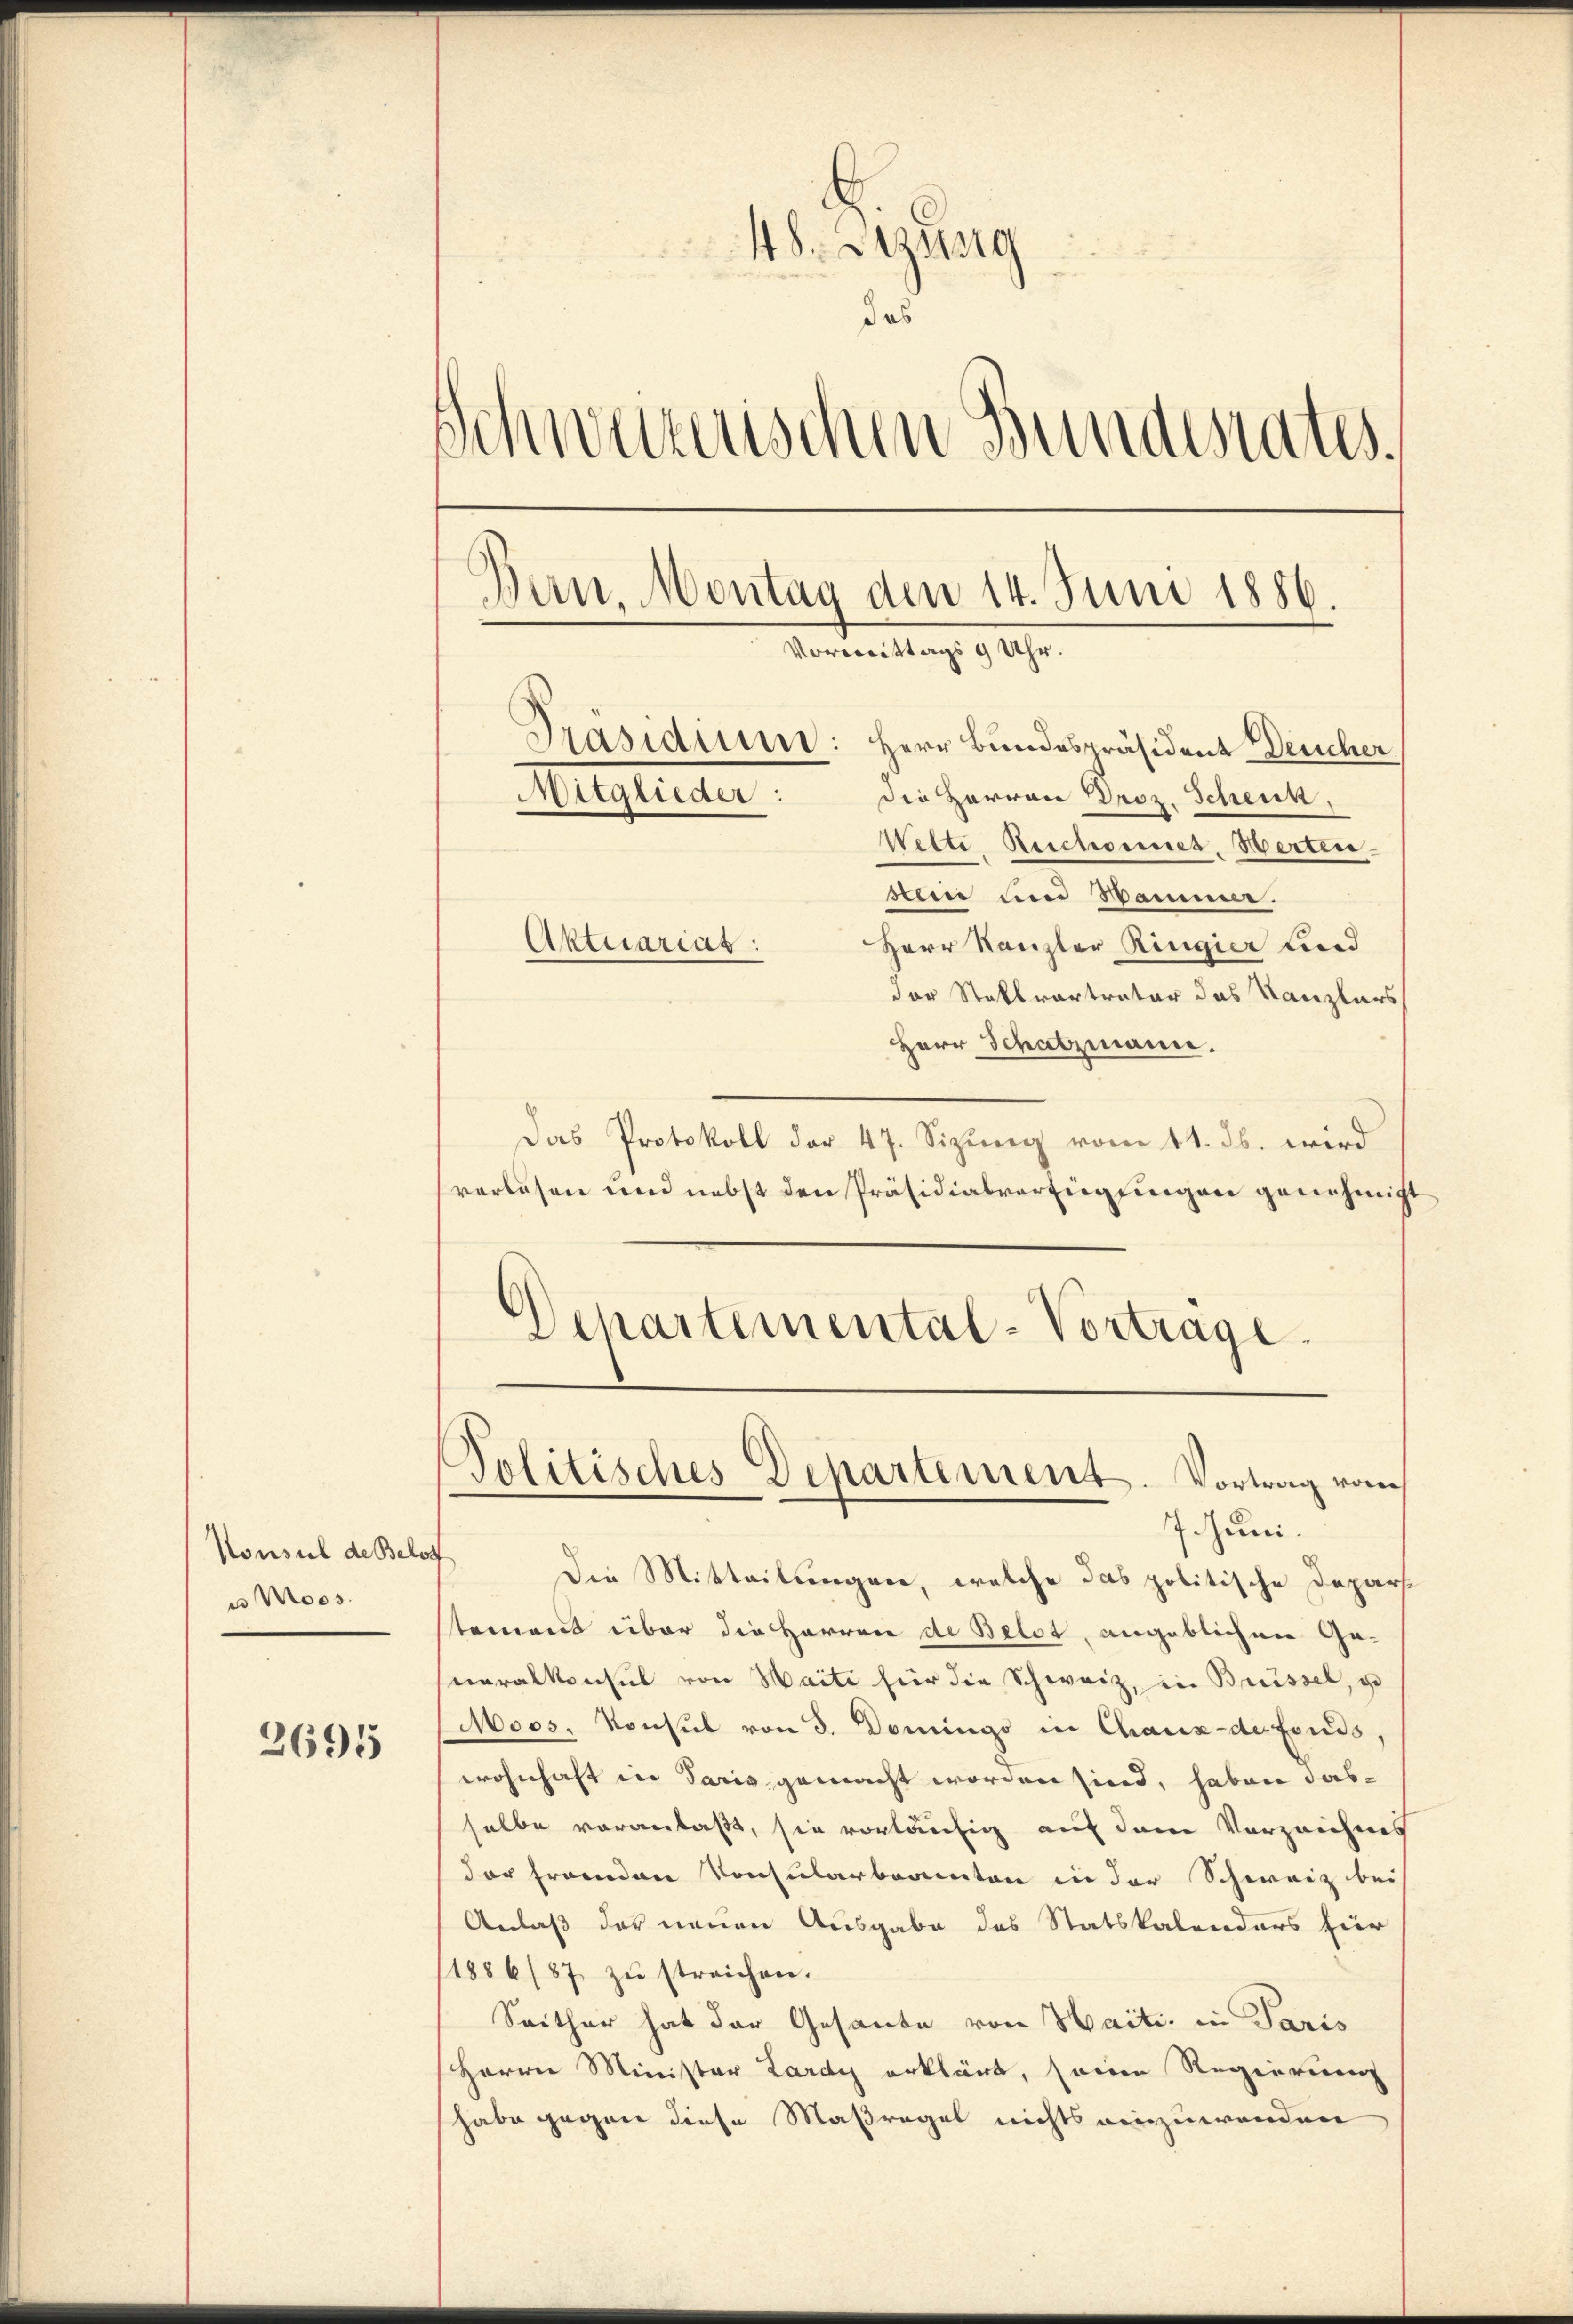
Konsul de Belo
 Moos.

2695

48. Szirg
das
¬
inweizerischen Bundesrates.
Dan. Montag den 14. Juni 1886.
Vormittags 9 Uhr.
Präsidiun: Herr Bundespräsident Deucher
Die Herren Droz. Scheuk,
Mitglieder:
Welti Reschonnes, Herten
een und Sammer.
Herr Kanzler Ringier und
Aktuariat:
der Stallvertrator das Kanzlers

Herr Schatzmann.
Das Protokoll der 47. Sizung vom 11. ds. wird
verlesen und nebst den Präsidialverfügungen genehmigt
6)
Departemental-Vorträge.

Politisches Departement. Vortrag vom
7 Juni.

a
Die Mitteilungen, welche das politische Deparstamens über die Herren de Belot, angeblichen Generalkonsul von Waiti für die Schweiz, in Brüssel, u
Moos, Konsul von 3. Domingo in Chaux-der Fonds,
wohnhaft in Paris gemacht worden sind, haben dasselbe voranlaßt, sie vorläufig auf dem Vorzeichnes
der Franden Konsularbarenten in der Schweiz bei
Anlaß der neuen Ausgabe des Statskalenders hier
1886/87 zŭ streichen.
Seither hat der Gesante von Haiti, in Paris
Herrn Minister Lardy erklärt, seine Regierung
habe gegen diese Maßregel nichts einzuwenden